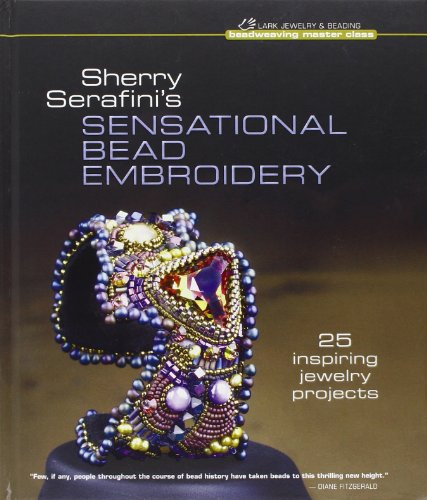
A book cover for Sherry Serafini's Sensational Bead Embroidery: 25 Inspiring Jewelry Projects (Beadweaving Master Class Series); Sherry Serafini; Crafts, Hobbies & Home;